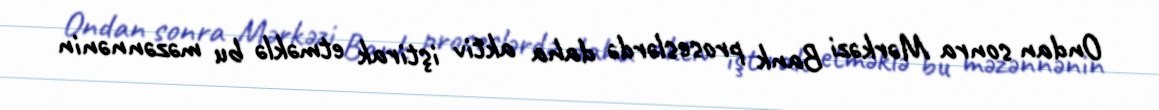
Ondan sonra Mərkəzi Bank proseslərdə daha aktiv iştirak etməklə bu məzənnənin